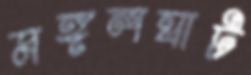
মঙ্গলঘাট